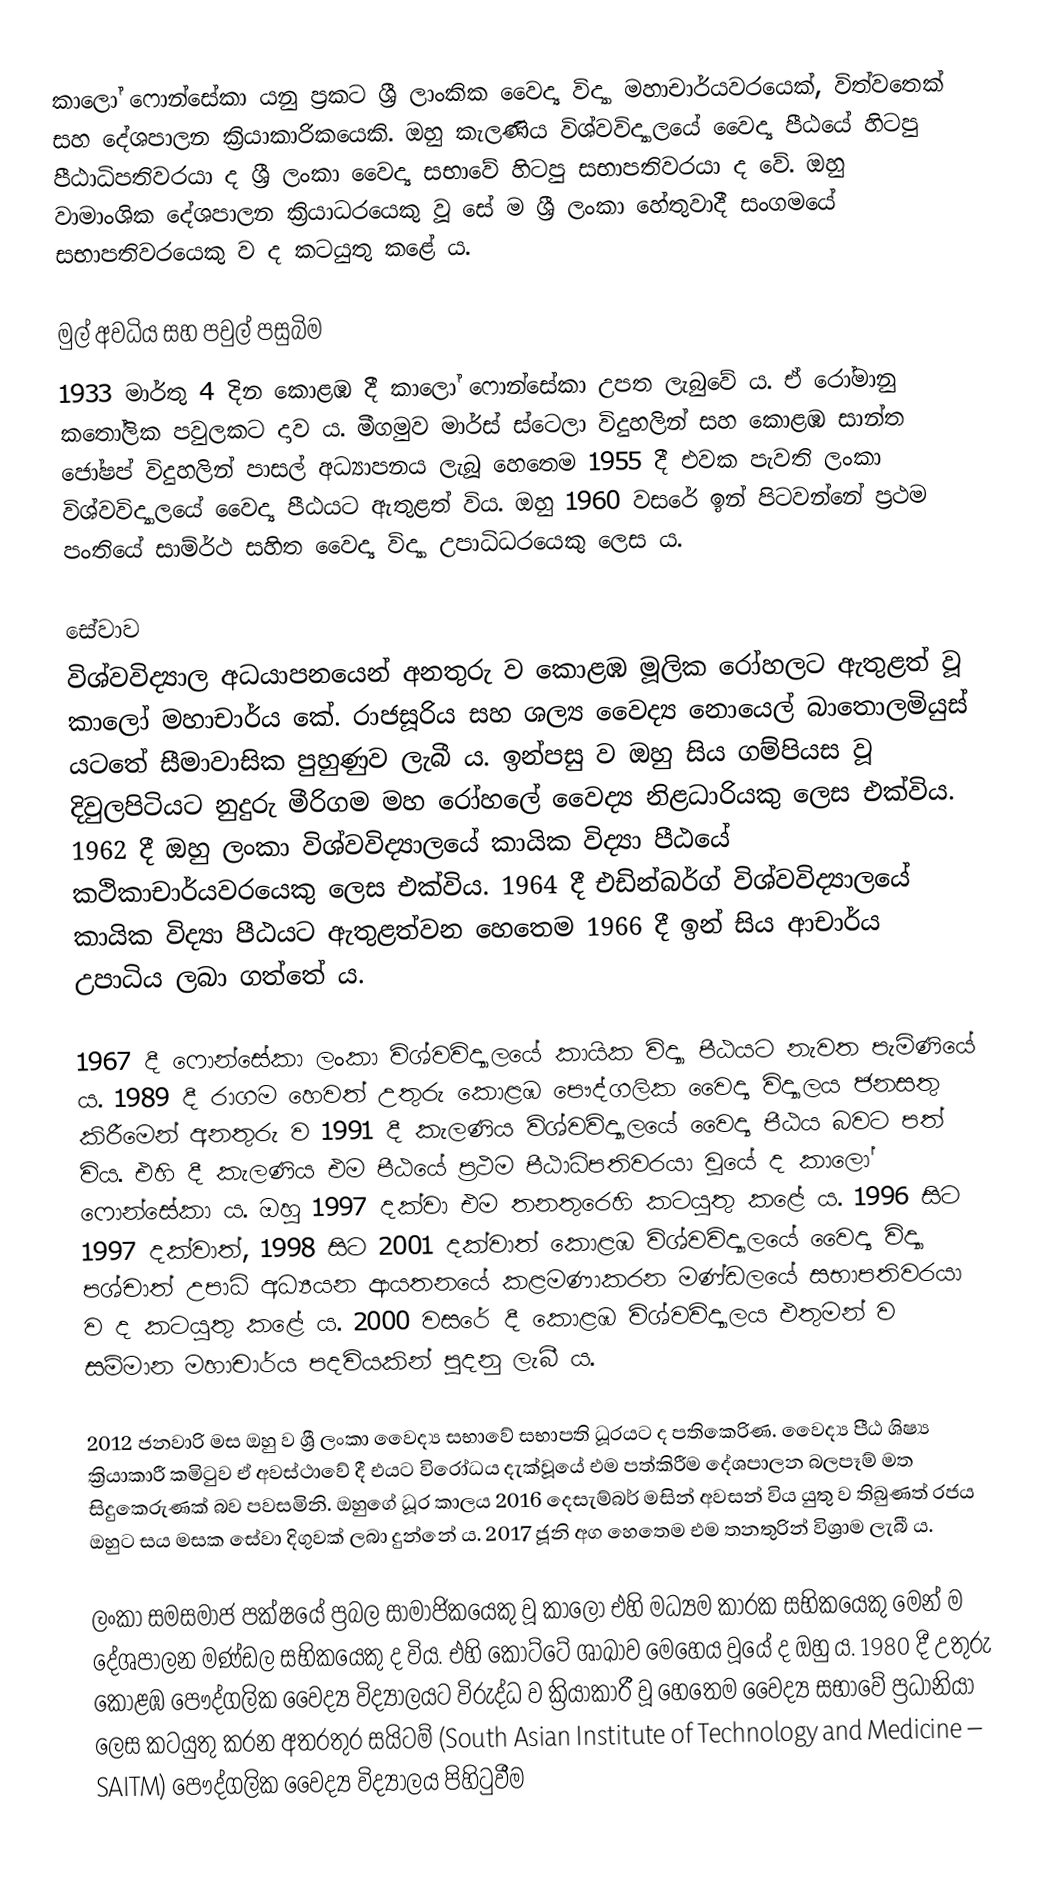
කාලෝ ෆොන්සේකා යනු ප්‍රකට ශ්‍රී ලාංකික වෛද්‍ය විද්‍යා මහාචාර්යවරයෙක්, විත්වතෙක් සහ දේශපාලන ක්‍රියාකාරිකයෙකි. ඔහු කැලණිය විශ්වවිද්‍යාලයේ වෛද්‍ය පීඨයේ හිටපු පීඨාධිපතිවරයා ද ශ්‍රී ලංකා වෛද්‍ය සභාවේ හිටපු සභාපතිවරයා ද වේ. ඔහු වාමාංශික දේශපාලන ක්‍රියාධරයෙකු වූ සේ ම ශ්‍රී ලංකා හේතුවාදී සංගමයේ සභාපතිවරයෙකු ව ද කටයුතු කළේ ය.

මුල් අවධිය සහ පවුල් පසුබිම
1933 මාර්තු 4 දින කොළඹ දී කාලෝ ෆොන්සේකා උපත ලැබුවේ ය. ඒ රෝමානු කතෝලික පවුලකට දාව ය. මීගමුව මාර්ස් ස්ටෙලා විදුහලින් සහ කොළඹ සාන්ත ජෝෂප් විදුහලින් පාසල් අධ්‍යාපනය ලැබූ හෙතෙම 1955 දී එවක පැවති ලංකා විශ්වවිද්‍යාලයේ වෛද්‍ය පීඨයට ඇතුළත් විය. ඔහු 1960 වසරේ ඉන් පිටවන්නේ ප්‍රථම පංතියේ සාම්ර්ථ සහිත වෛද්‍ය විද්‍යා උපාධිධරයෙකු ලෙස ය.

සේවාව
විශ්වවිද්‍යාල අධයාපනයෙන් අනතුරු ව කොළඹ මූලික රෝහලට ඇතුළත් වූ කාලෝ මහාචාර්ය කේ. රාජසූරිය සහ ශල්‍ය වෛද්‍ය නොයෙල් බාතොලමියුස් යටතේ සීමාවාසික පුහුණුව ලැබී ය. ඉන්පසු ව ඔහු සිය ගම්පියස වූ දිවුලපිටියට නුදුරු මීරිගම මහ රෝහලේ වෛද්‍ය නිළධාරියකු ලෙස එක්විය. 1962 දී ඔහු ලංකා විශ්වවිද්‍යාලයේ කායික විද්‍යා පීඨයේ කථිකාචාර්යවරයෙකු ලෙස එක්විය. 1964 දී එඩින්බර්ග් විශ්වවිද්‍යාලයේ කායික විද්‍යා පීඨයට ඇතුළත්වන හෙතෙම 1966 දී ඉන් සිය ආචාර්ය උපාධිය ලබා ගත්තේ ය.

1967 දී ෆොන්සේකා ලංකා විශ්වවිද්‍යාලයේ කායික විද්‍යා පීඨයට නැවත පැමිණියේ ය. 1989 දී රාගම හෙවත් උතුරු කොළඹ පෞද්ගලික වෛද්‍ය විද්‍යාලය ජනසතු කිරීමෙන් අනතුරු ව 1991 දී කැලණිය විශ්වවිද්‍යාලයේ වෛද්‍ය පීඨය බවට පත් විය. එහි දී කැලණිය එම පීඨයේ ප්‍රථම පීඨාධිපතිවරයා වූයේ ද කාලෝ ෆොන්සේකා ය. ඔහු 1997 දක්වා එම තනතුරෙහි කටයුතු කළේ ය. 1996 සිට 1997 දක්වාත්, 1998 සිට 2001 දක්වාත් කොළඹ විශ්වවිද්‍යාලයේ වෛද්‍ය විද්‍යා පශ්චාත් උපාධි අධ්‍යයන ආයතනයේ කළමණාකරන මණ්ඩලයේ සභාපතිවරයා ව ද කටයුතු කළේ ය. 2000 වසරේ දී කොළඹ විශ්වවිද්‍යාලය එතුමන් ව සම්මාන මහාචාර්ය පදවියකින් පුදනු ලැබී ය.

2012 ජනවාරි මස ඔහු ව ශ්‍රී ලංකා වෛද්‍ය සභාවේ සභාපති ධූරයට ද පතිකෙරිණ. වෛද්‍ය පීඨ ශිෂ්‍ය ක්‍රියාකාරී කමිටුව ඒ අවස්ථාවේ දී එයට විරෝධය දැක්වූයේ එම පත්කිරීම දේශපාලන බලපෑම් මත සිදුකෙරුණක් බව පවසමිනි. ඔහුගේ ධූර කාලය 2016 දෙසැම්බර් මසින් අවසන් විය යුතු ව තිබුණත් රජය ඔහුට සය මසක සේවා දිගුවක් ලබා දුන්නේ ය. 2017 ජූනි අග හෙතෙම එම තනතුරින් විශ්‍රාම ලැබී ය.

ලංකා සමසමාජ පක්ෂයේ ප්‍රබල සාමාජිකයෙකු වූ කාලෝ එහි මධ්‍යම කාරක සභිකයෙකු මෙන් ම දේශපාලන මණ්ඩල සභිකයෙකු ද විය. එහි කෝට්ටේ ශාඛාව මෙහෙය වූයේ ද ඔහු ය. 1980 දී උතුරු කොළඹ පෞද්ගලික වෛද්‍ය විද්‍යාලයට විරුද්ධ ව ක්‍රියාකාරී වූ හෙතෙම වෛද්‍ය සභාවේ ප්‍රධානියා ලෙස කටයුතු කරන අතරතුර සයිටම් (South Asian Institute of Technology and Medicine – SAITM) පෞද්ගලික වෛද්‍ය විද්‍යාලය පිහිටුවීම